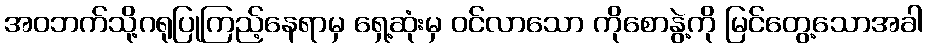
အဝဘက်သို့ဂရုပြုကြည့်နေရာမှ ရှေ့ဆုံးမှ ဝင်လာသော ကိုစောနွဲ့ကို မြင်တွေ့သောအခါ